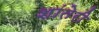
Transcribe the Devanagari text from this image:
शांतेरी